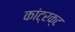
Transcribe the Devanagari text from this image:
कांट्रक्ट